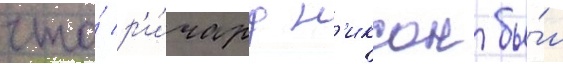
что́ р'и́чард н'иксон бы́л